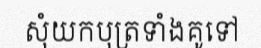
សុំយកបុត្រទាំងគូទៅ